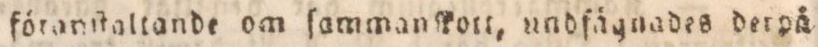
föranſtaltande om ſammanſkott, undfägnades der på